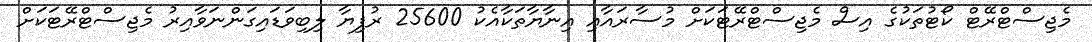
މެޖިސްޓްރޭޓް ކޯޓުތަކުގެ އިސް މެޖިސްޓްރޭޓަކަށް މުސާރައާއި އިނާޔާތަކާއެކު 25600 ރުފިޔާ ލިބިވަޑައިގަންނަވާއިރު މެޖިސްޓްރޭޓަކަށް